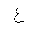
Letter: _ayn